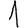
Digit: 1